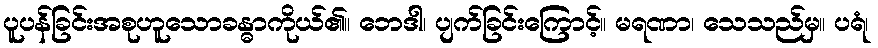
ပူပန်ခြင်းအစုဟူသောခန္ဓာကိုယ်၏။ ဘေဒါ၊ ပျက်ခြင်းကြောင့်။ မရဏာ၊ သေသည်မှ။ ပရံ၊